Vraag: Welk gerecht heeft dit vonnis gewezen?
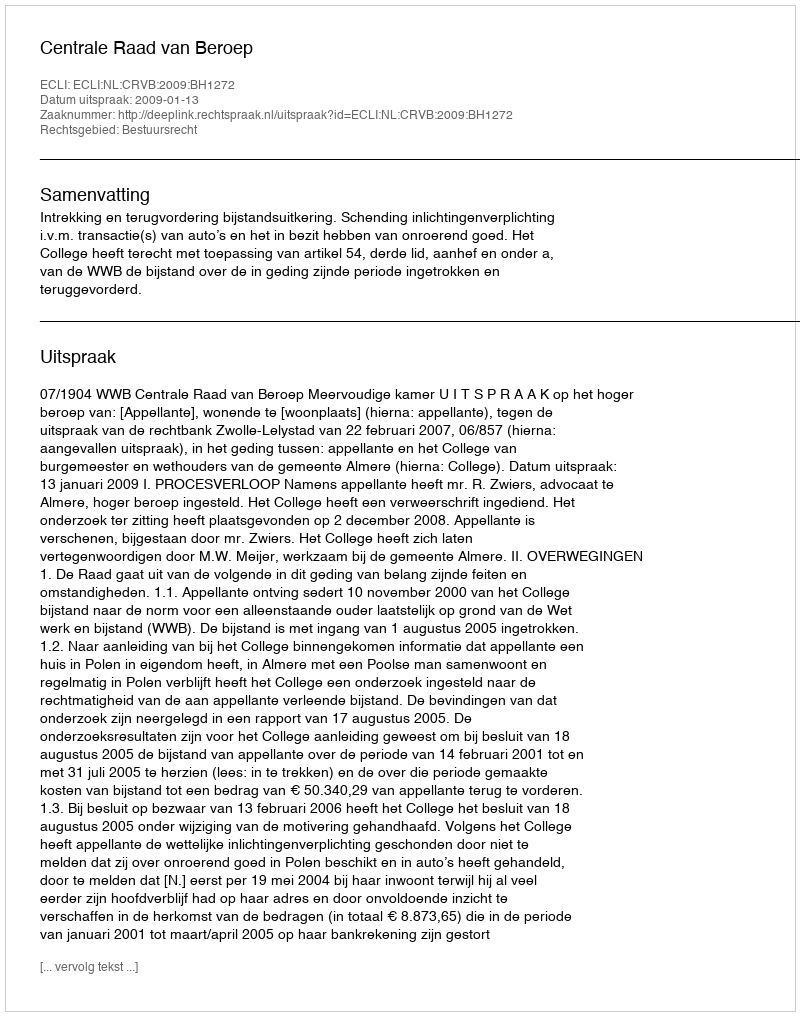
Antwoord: Centrale Raad van Beroep